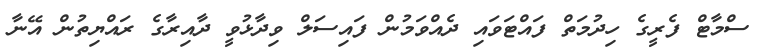
ސްމާޓް ފެރީގެ ހިދުމަތް ފައްޓަވައި ދެއްވަމުން ފައިސަލް ވިދާޅުވީ ދާއިރާގެ ރައްޔިތުން އޭނާ